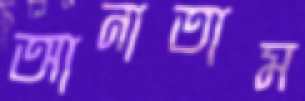
আনাতাম